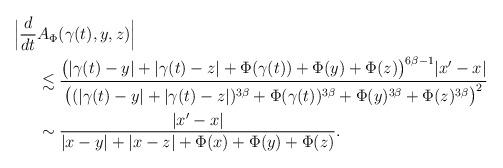
LaTeX: \begin{align*}\Big|\frac{d}{dt} &A_\Phi(\gamma(t),y,z)\Big| \\&\lesssim \frac{\big( |\gamma(t)-y|+|\gamma(t)-z|+ \Phi(\gamma(t))+\Phi(y) +\Phi(z)\big)^{6\beta-1}|x'-x|}{\big((|\gamma(t)-y|+|\gamma(t)-z|)^{3\beta}+ \Phi(\gamma(t))^{3\beta} +\Phi(y)^{3\beta} +\Phi(z)^{3\beta}\big)^2} \\&\sim \frac{|x'-x|}{|x-y|+|x-z|+ \Phi(x)+\Phi(y) +\Phi(z)}.\end{align*}